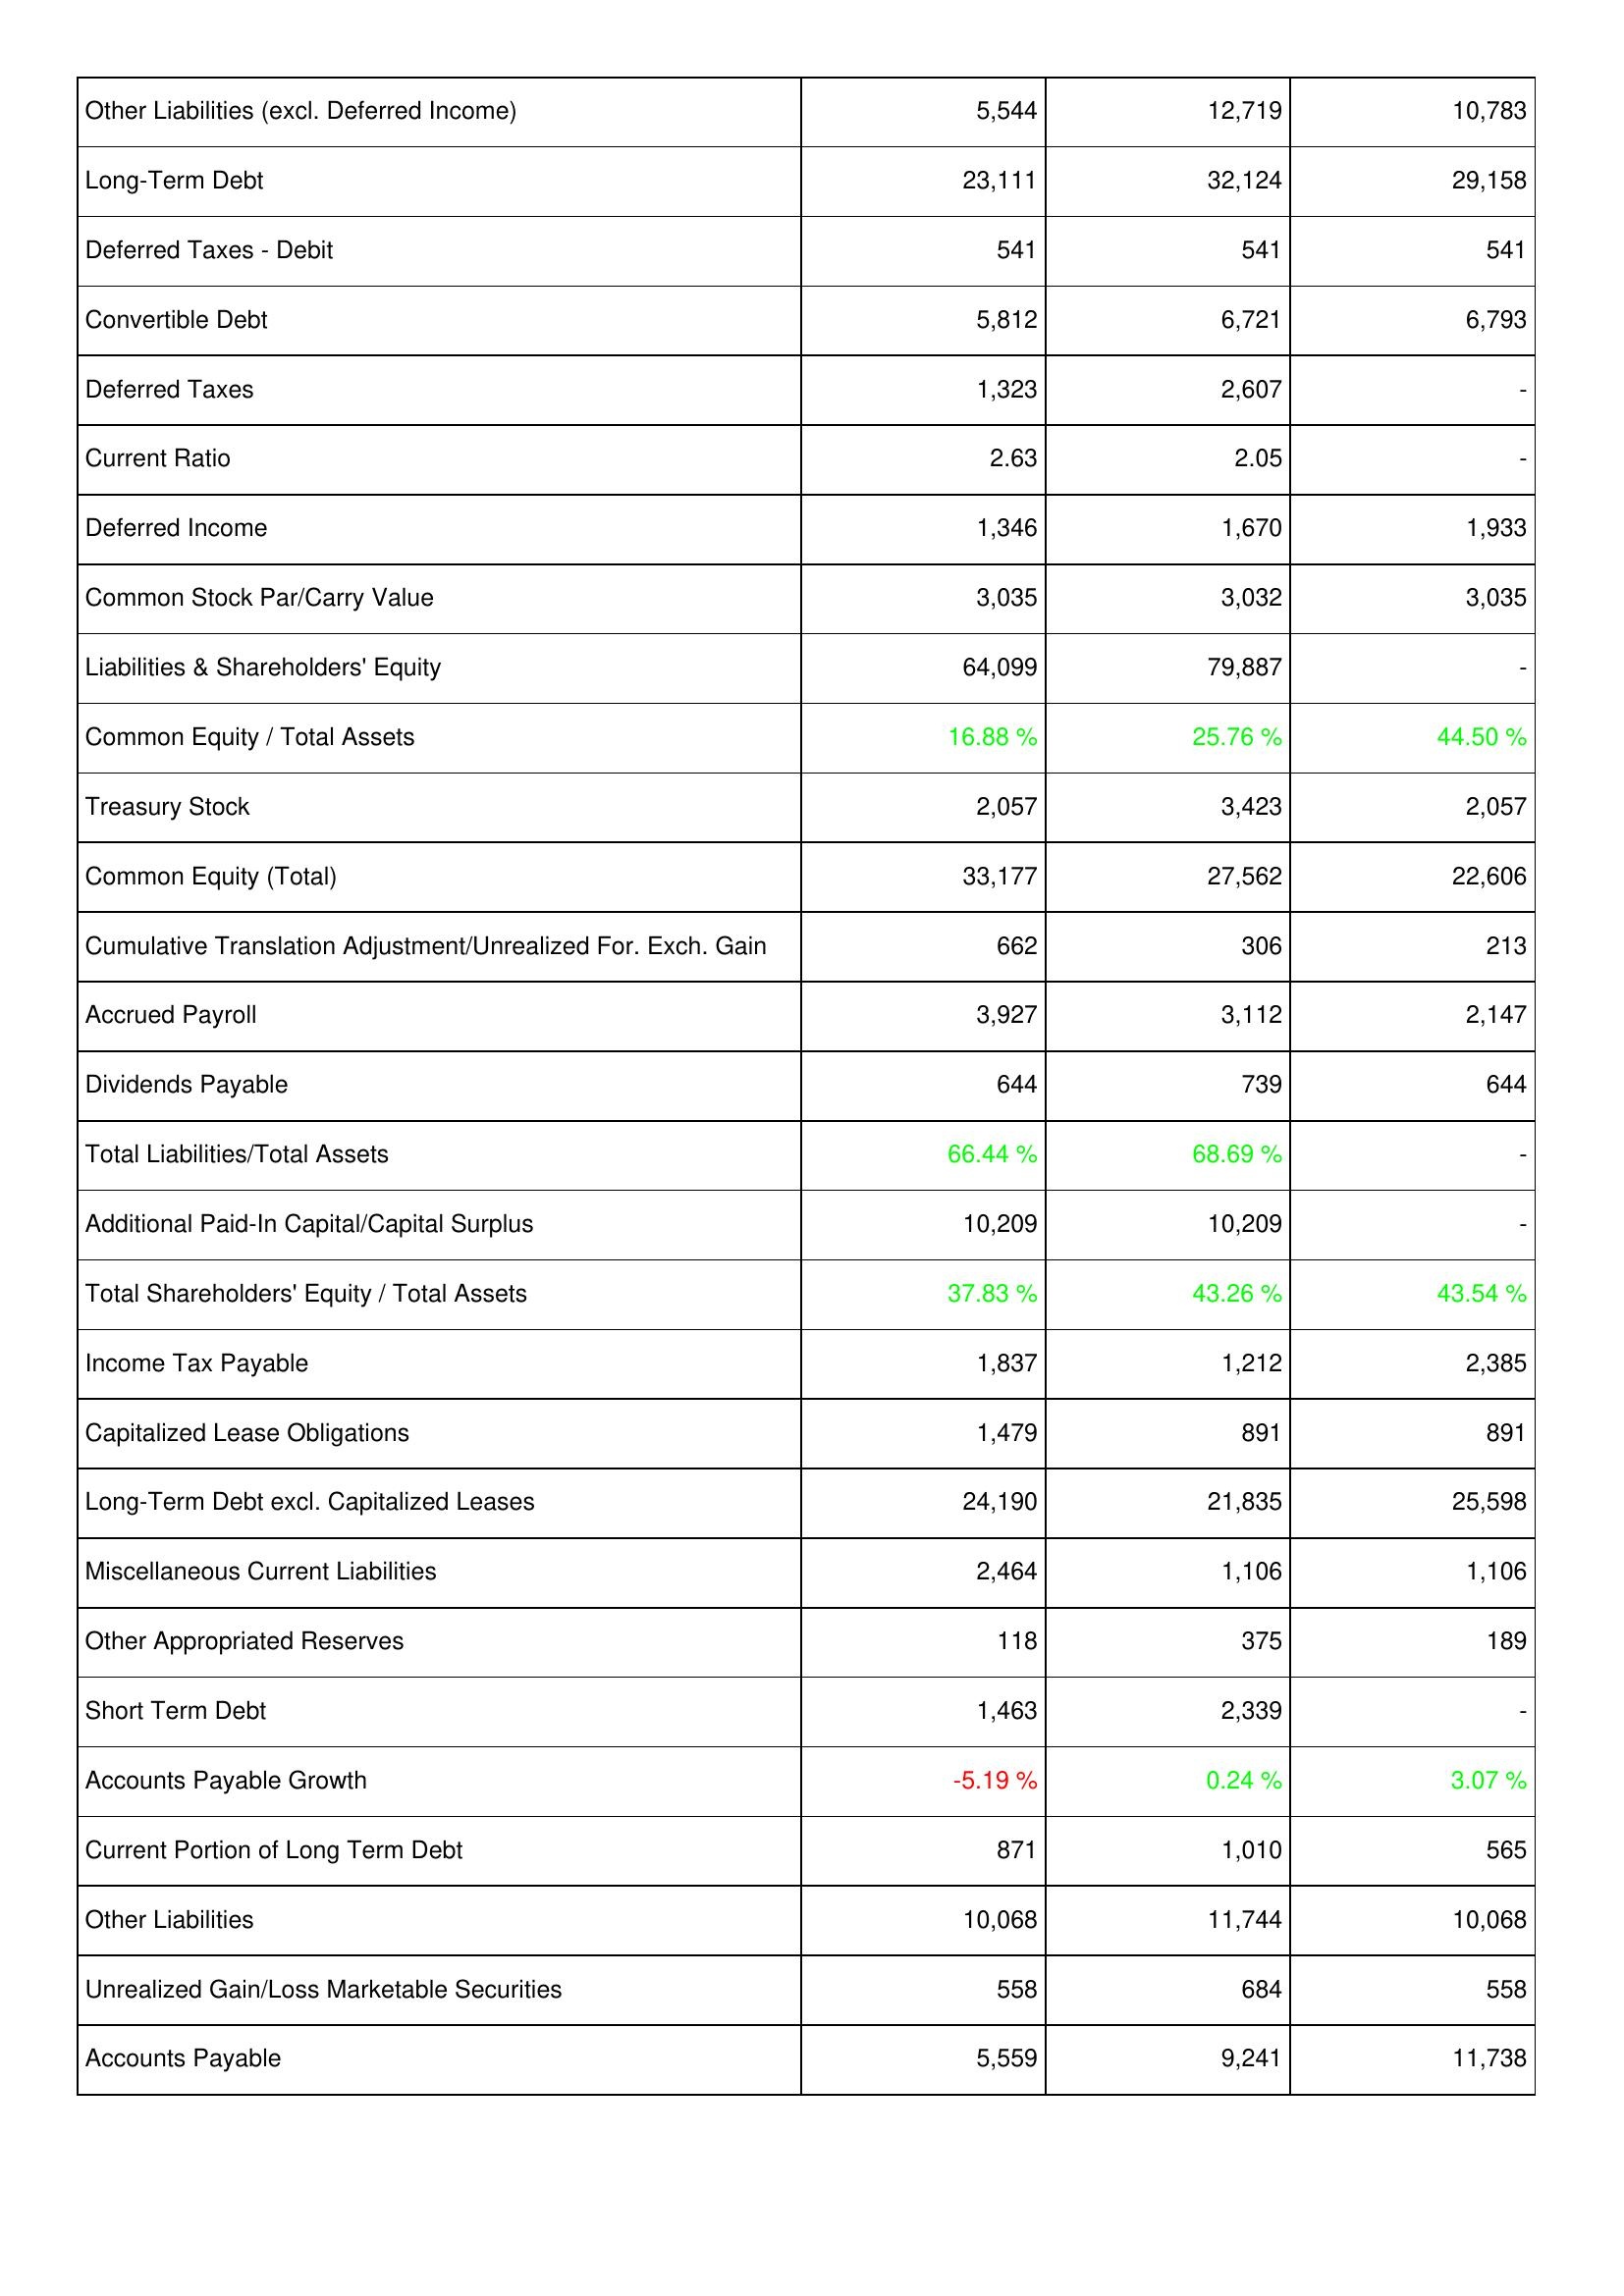
2007: Liabilities & Shareholders' Equity: Other Liabilities (excl. Deferred Income): 5,544
Long-Term Debt: 23,111
Deferred Taxes - Debit: 541
Convertible Debt: 5,812
Deferred Taxes: 1,323
Current Ratio: 2.63
Deferred Income: 1,346
Common Stock Par/Carry Value: 3,035
Liabilities & Shareholders' Equity: 64,099
Common Equity / Total Assets: 16.88 %
Treasury Stock: 2,057
Common Equity (Total): 33,177
Cumulative Translation Adjustment/Unrealized For. Exch. Gain: 662
Accrued Payroll: 3,927
Dividends Payable: 644
Total Liabilities/Total Assets: 66.44 %
Additional Paid-In Capital/Capital Surplus: 10,209
Total Shareholders' Equity / Total Assets: 37.83 %
Income Tax Payable: 1,837
Capitalized Lease Obligations: 1,479
Long-Term Debt excl. Capitalized Leases: 24,190
Miscellaneous Current Liabilities: 2,464
Other Appropriated Reserves: 118
Short Term Debt: 1,463
Accounts Payable Growth: -5.19 %
Current Portion of Long Term Debt: 871
Other Liabilities: 10,068
Unrealized Gain/Loss Marketable Securities: 558
Accounts Payable: 5,559
2008: Liabilities & Shareholders' Equity: Other Liabilities (excl. Deferred Income): 12,719
Long-Term Debt: 32,124
Deferred Taxes - Debit: 541
Convertible Debt: 6,721
Deferred Taxes: 2,607
Current Ratio: 2.05
Deferred Income: 1,670
Common Stock Par/Carry Value: 3,032
Liabilities & Shareholders' Equity: 79,887
Common Equity / Total Assets: 25.76 %
Treasury Stock: 3,423
Common Equity (Total): 27,562
Cumulative Translation Adjustment/Unrealized For. Exch. Gain: 306
Accrued Payroll: 3,112
Dividends Payable: 739
Total Liabilities/Total Assets: 68.69 %
Additional Paid-In Capital/Capital Surplus: 10,209
Total Shareholders' Equity / Total Assets: 43.26 %
Income Tax Payable: 1,212
Capitalized Lease Obligations: 891
Long-Term Debt excl. Capitalized Leases: 21,835
Miscellaneous Current Liabilities: 1,106
Other Appropriated Reserves: 375
Short Term Debt: 2,339
Accounts Payable Growth: 0.24 %
Current Portion of Long Term Debt: 1,010
Other Liabilities: 11,744
Unrealized Gain/Loss Marketable Securities: 684
Accounts Payable: 9,241
2009: Liabilities & Shareholders' Equity: Other Liabilities (excl. Deferred Income): 10,783
Long-Term Debt: 29,158
Deferred Taxes - Debit: 541
Convertible Debt: 6,793
Deferred Taxes: -
Current Ratio: -
Deferred Income: 1,933
Common Stock Par/Carry Value: 3,035
Liabilities & Shareholders' Equity: -
Common Equity / Total Assets: 44.50 %
Treasury Stock: 2,057
Common Equity (Total): 22,606
Cumulative Translation Adjustment/Unrealized For. Exch. Gain: 213
Accrued Payroll: 2,147
Dividends Payable: 644
Total Liabilities/Total Assets: -
Additional Paid-In Capital/Capital Surplus: -
Total Shareholders' Equity / Total Assets: 43.54 %
Income Tax Payable: 2,385
Capitalized Lease Obligations: 891
Long-Term Debt excl. Capitalized Leases: 25,598
Miscellaneous Current Liabilities: 1,106
Other Appropriated Reserves: 189
Short Term Debt: -
Accounts Payable Growth: 3.07 %
Current Portion of Long Term Debt: 565
Other Liabilities: 10,068
Unrealized Gain/Loss Marketable Securities: 558
Accounts Payable: 11,738